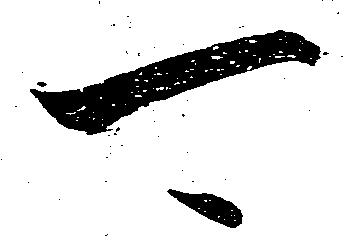
可